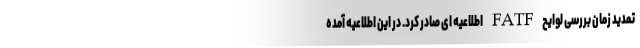
تمدید زمان بررسی لوایح FATF اطلاعیه ای صادر کرد. در این اطلاعیه آمده